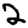
Digit: 2